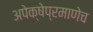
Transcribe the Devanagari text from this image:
अपेक्षेप्रमाणेच